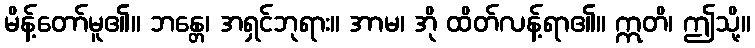
မိန့်တော်မူ၏။ ဘန္တေ၊ အရှင်ဘုရား။ အာမ၊ အို ထိတ်လန့်ရာ၏။ ဣတိ၊ ဤသို့။